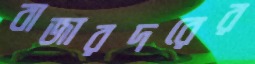
বাজারদরের